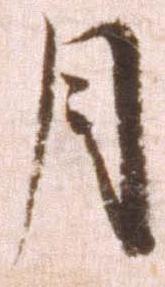
月